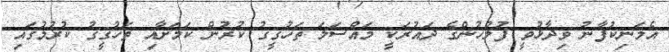
އެމަނިކުފާނު ވިދާޅުވީ ފުލުހުންގެ ދައުރަކީ މައްސަލަ ތަހުގީގު ކުރުން ކަމަށާއި ތަހުގީގު ކުރުމުގައި